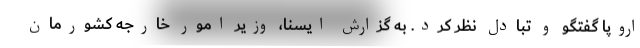
اروپا گفتگو و تبادل نظر کرد. به گزارش ایسنا، وزیر امور خارجه کشورمان